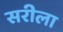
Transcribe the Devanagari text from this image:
सरीला